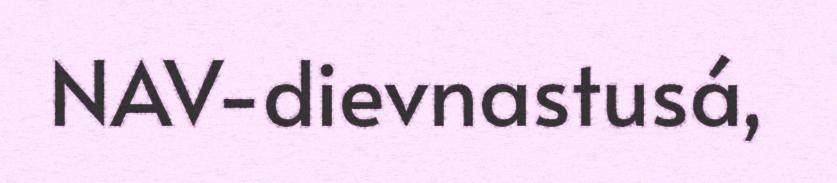
NAV-dievnastusá,